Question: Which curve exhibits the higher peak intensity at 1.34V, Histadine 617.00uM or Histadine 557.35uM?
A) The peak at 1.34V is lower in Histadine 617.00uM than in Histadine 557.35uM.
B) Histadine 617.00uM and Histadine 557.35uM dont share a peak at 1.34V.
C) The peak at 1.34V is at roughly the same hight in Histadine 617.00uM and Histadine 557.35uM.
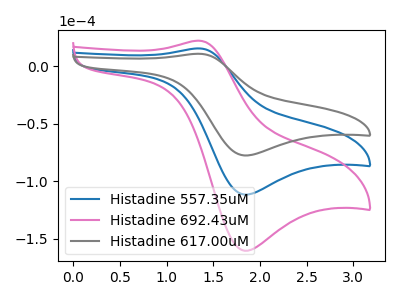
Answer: <think>The blue curve "Histadine 557.35uM" has an anodic peak at (1.35V, 15.30uA) and a cathodic peak at (1.85V, -111.45uA). The pink curve "Histadine 692.43uM" has an anodic peak at (1.35V, 30.65uA) and a cathodic peak at (1.85V, -222.95uA). The gray curve "Histadine 617.00uM" has an anodic peak at (1.35V, 10.65uA) and a cathodic peak at (1.85V, -77.55uA).</think>
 <answer>A) The peak at 1.34V is lower in "Histadine 617.00uM" than in "Histadine 557.35uM".</answer>
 <eval>A</eval>